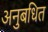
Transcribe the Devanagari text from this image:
अनुबधित